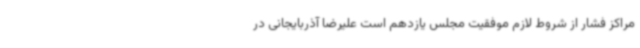
مراکز فشار از شروط لازم موفقیت مجلس یازدهم است علیرضا آذربایجانی در